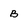
Character: B